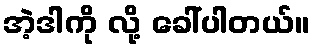
အဲ့ဒါကို လို့ ခေါ်ပါတယ်။